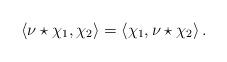
LaTeX: \begin{align*} \left < \nu \star \chi _ 1 , \chi _ 2 \right > = \left < \chi _ 1 , \nu \star \chi _ 2 \right > .\end{align*}